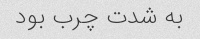
به شدت چرب بود